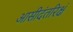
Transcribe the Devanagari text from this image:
आसीदंतरिक्षं